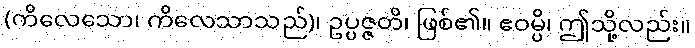
(ကိလေသော၊ ကိလေသာသည်)၊ ဥပ္ပဇ္ဇတိ၊ ဖြစ်၏။ ဧဝမ္ပိ၊ ဤသို့လည်း။